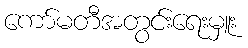
ကော်မတီအတွင်းရေးမှူး